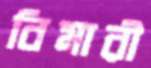
বিমারী